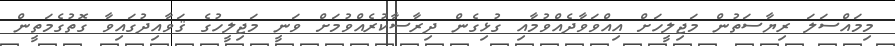
މިމައްސަލަ ރިޔާސަތުން މަޖިލީހަށް އިއްވަވާދެއްވުމާއި ގުޅިގެން ދިރާސާކުރެއްވުމަށް ވަނީ މަޖިލީހުގެ ޤަވާއިދުގައިވާ ގޮތުގެމަތީން